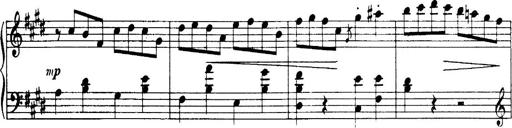
Title: 3 Sonatinas, Op.67
Composer: Jean Sibelius